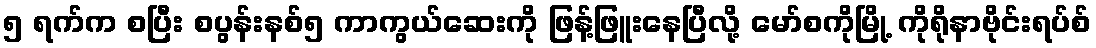
၅ ရက်က စပြီး စပွန်းနစ်၅ ကာကွယ်ဆေးကို ဖြန့်ဖြူးနေပြီလို့ မော်စကိုမြို့ ကိုရိုနာဗိုင်းရပ်စ်